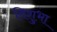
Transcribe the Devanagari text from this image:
विशुभा